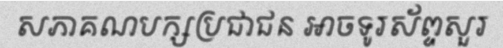
សភាគណបក្សប្រជាជន អាចទូរស័ព្ទសួរ